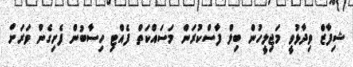
ޝިފާޒް ވިދާޅުވީ މަޖިލީހުން ބިލް ފާސްކުރަން މަސައްކަތް ފެއްޓި ހިސާބުން ފެށިގެން ވަރަށް